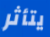
يتأثر